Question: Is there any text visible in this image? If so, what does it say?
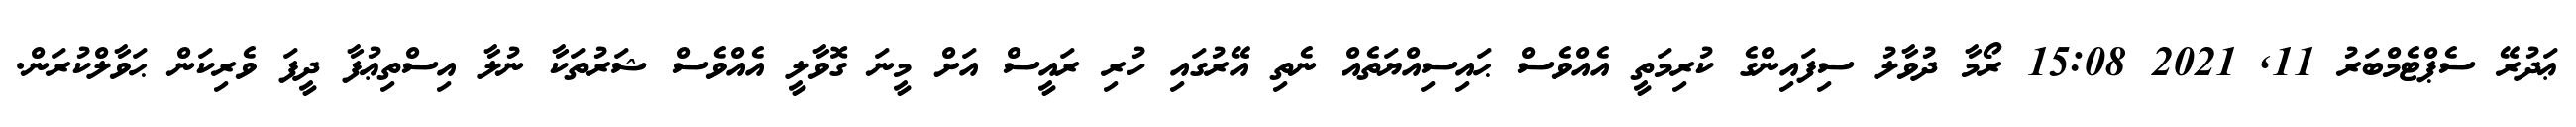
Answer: ޢަދުރޭ ސެޕްޓެމްބަރު 11, 2021 15:08 ރޯމާ ދުވާލު ސިފައިންގެ ކުރިމަތީ އެއްވެސް ޙައިސިއްޔަތެއް ނެތި އޭރުގައި ހުރި ރައީސް އަށް މީނަ ގޮވާލީ އެއްވެސް ޝަރުތަކާ ނުލާ އިސްތިޢުފާ ދީފަ ވެރިކަން ޙަވާލްކުރަން.